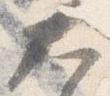
大